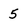
Character: 5